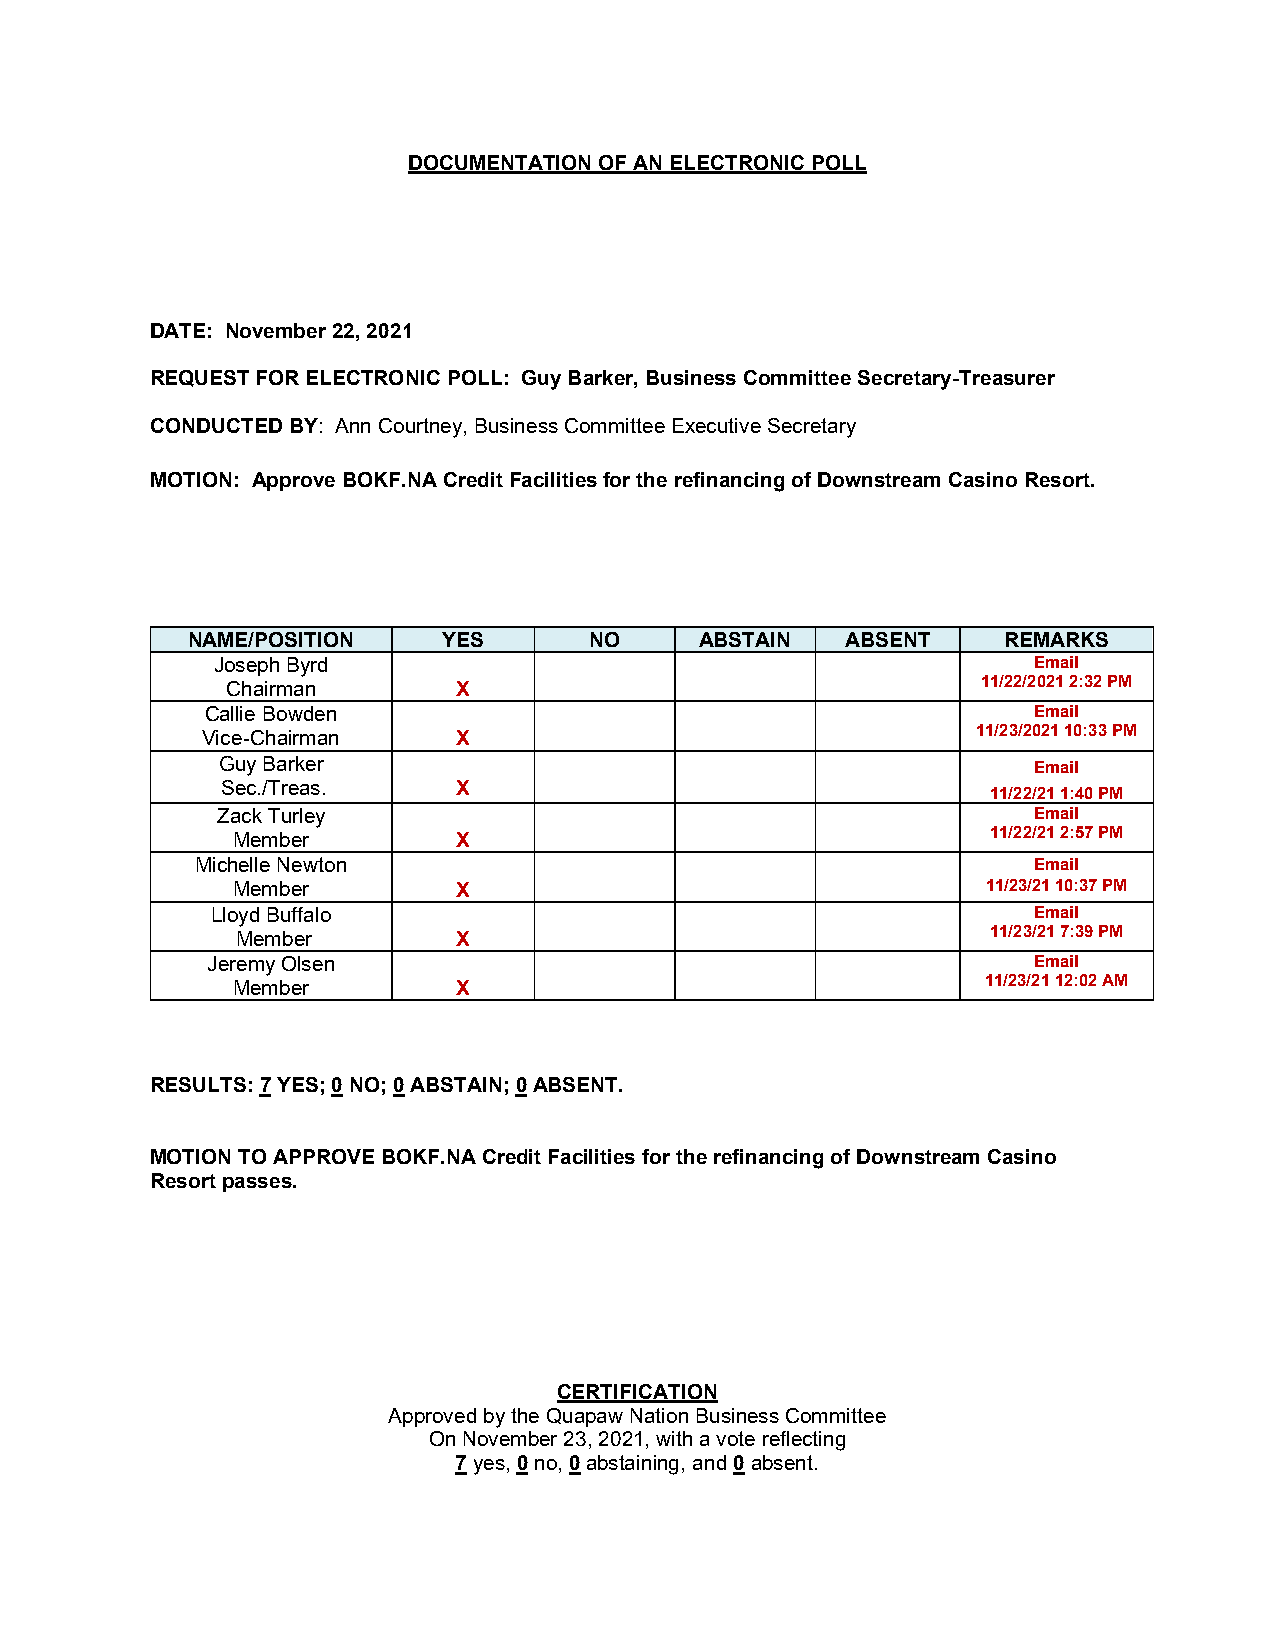
DOCUMENTATION OF AN ELECTRONIC POLL
 DATE: November 22, 2021
 REQUEST FOR ELECTRONIC POLL: Guy Barker, Business Committee Secretary-Treasurer
 CONDUCTED BY: Ann Courtney, Business Committee Executive Secretary
 MOTION: Approve BOKF.NA Credit Facilities for the refinancing of Downstream Casino Resort.
 NAME/POSITION    YES       NO     ABSTAIN   ABSENT    REMARKS
 Joseph Byrd                                           Email
 Chairman       X                                  11/22/2021 2:32 PM
 Callie Bowden                                         Email
 Vice-Chairman    X                                  11/23/2021 10:33 PM
 Guy Barker                                            Email
 Sec./Treas.    X                                   11/22/21 1:40 PM
 Zack Turley                                           Email
 Member         X                                   11/22/21 2:57 PM
 Michelle Newton                                        Email
 Member         X                                  11/23/21 10:37 PM
 Lloyd Buffalo                                         Email
 Member        X                                   11/23/21 7:39 PM
 Jeremy Olsen                                          Email
 Member         X                                  11/23/21 12:02 AM
 RESULTS: 7 YES; 0 NO; 0 ABSTAIN; 0 ABSENT.
 MOTION TO APPROVE BOKF.NA Credit Facilities for the refinancing of Downstream Casino
 Resort passes.
 CERTIFICATION
 Approved by the Quapaw Nation Business Committee
 On November 23, 2021, with a vote reflecting
 7 yes, 0 no, 0 abstaining, and 0 absent.